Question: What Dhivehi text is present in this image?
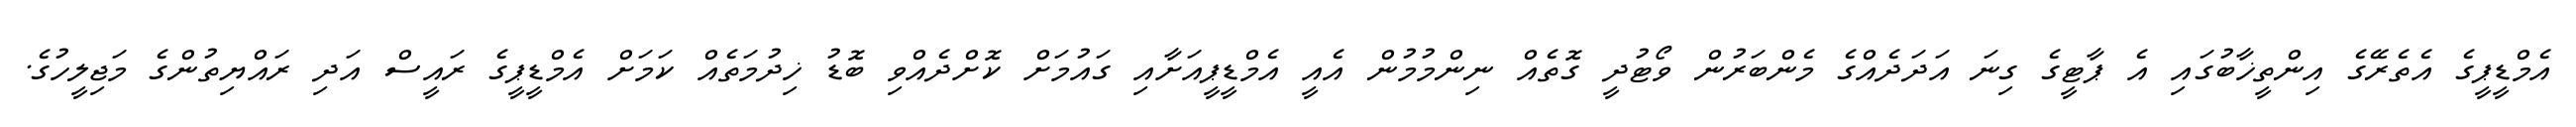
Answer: އެމްޑީޕީގެ އެތެރޭގެ އިންތީޚާބުގައި އެ ޕާޓީގެ ގިނަ އަދަދެއްގެ މެންބަރުން ވޯޓުދީ ގޮތެއް ނިންމުމުން އެއީ އެމްޑީޕީއަށާއި ގައުމަށް ކޮށްދެއްވި ބޮޑު ޚިދުމަތެއް ކަމަށް އެމްޑީޕީގެ ރައީސް އަދި ރައްޔިތުންގެ މަޖިލީހުގެ.